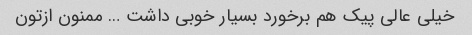
خیلی عالی پیک هم برخورد بسیار خوبی داشت … ممنون ازتون